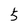
Character: 5